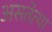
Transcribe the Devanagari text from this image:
असतेत्या